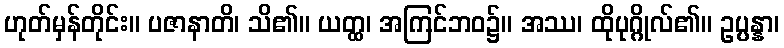
ဟုတ်မှန်တိုင်း။ ပဇာနာတိ၊ သိ၏။ ယတ္ထ၊ အကြင်ဘဝ၌။ အဿ၊ ထိုပုဂ္ဂိုလ်၏။ ဥပ္ပန္နာ၊